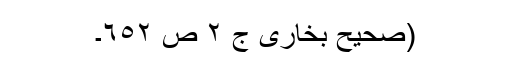
(صحیح بخاری ج ٢ ص ٦٥٢۔